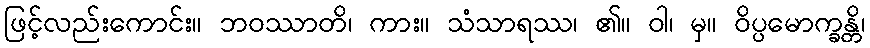
ဖြင့်လည်းကောင်း။ ဘဝဿာတိ၊ ကား။ သံသာရဿ၊ ၏။ ဝါ၊ မှ။ ဝိပ္ပမောက္ခန္တိ၊